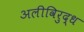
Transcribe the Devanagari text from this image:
अलीविरुद्ध